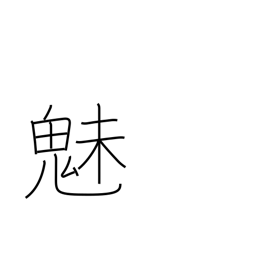
Meaning: fascination